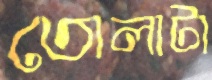
তোলাটা